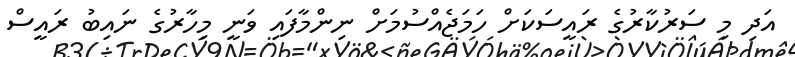
އަދި މި ސަރުކާރުގެ ރައީސަކަށް ހަމަޖެއްސުމަށް ނިންމާފައި ވަނީ މިހާރުގެ ނައިބު ރައީސް